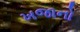
ખજાનો